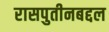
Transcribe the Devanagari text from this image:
रासपुतीनबद्दल